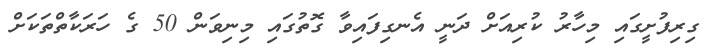
ގިރިފުށީގައި މިހާރު ކުރިއަށް ދަނީ އެނގިފައިވާ ގޮތުގައި މިނިވަން 50 ގެ ހަރަކާތްތަކަށް